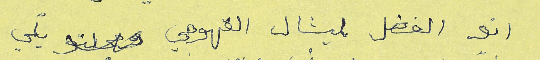
انو الفضل لميشال القهوجي يلي